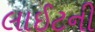
લાઈટની